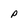
Character: P